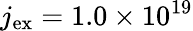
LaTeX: j_{\mathrm{ex}}=1.0\times 10^{19}